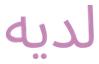
لديه